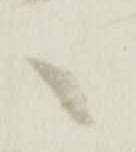
へ